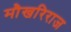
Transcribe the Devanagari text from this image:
मौखरिराज